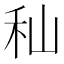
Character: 秈